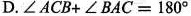
D. $$∠ A C B + ∠ B A C = 1 8 0 °$$